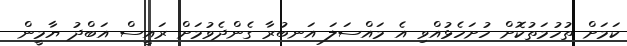
ކަމަށް ތުހުމަތުކޮށް ހުށަހެޅުއްވި އެ މައްސަލަ އަނބުރާ ގެންދެވުމަށް ރައީސް އަބްދު ޔާމީން